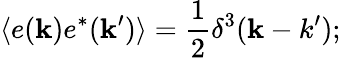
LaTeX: \langle e({\mathbf k})e^{*}({\mathbf k}^{\prime})\rangle=\frac{1}{2}\delta^{3}({\mathbf k-k^{\prime}});